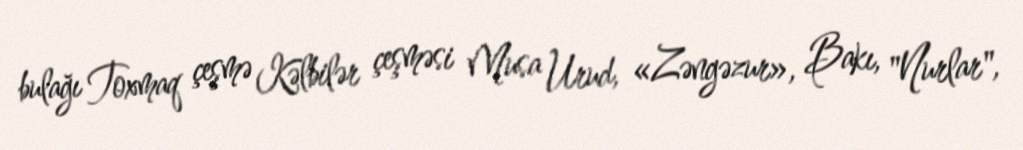
bulağı Toxmaq çeşmə Kəlbilər çeşməsi Musa Urud, «Zəngəzur», Bakı, "Nurlar",